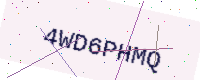
Text: 4WD6PHMQ